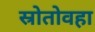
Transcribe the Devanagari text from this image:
स्रोतोवहा